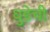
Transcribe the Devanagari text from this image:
घुडेची